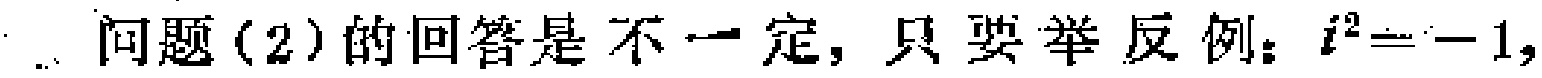
问题(2)的回答是不一定, 只要举反例：$i^{2}=-1,$